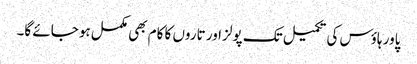
پاور ہاؤس کی تکمیل تک پولز اور تاروں کا کام بھی مکمل ہو جائے گا۔